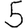
Digit: 5